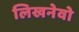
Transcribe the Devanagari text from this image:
लिखनेवो